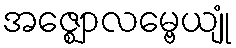
အဇ္ဈောလမ္ဗေယျုံ